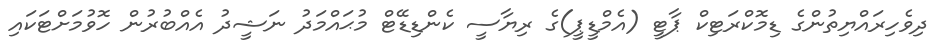
ދިވެހިރައްޔިތުންގެ ޑިމޮކްރަޓިކް ޕާޓީ (އެމްޑީޕީ)ގެ ރިޔާސީ ކެންޑިޑޭޓް މުޙައްމަދު ނަޝީދު އެއްބުރުން ހޮވުމަށްޓަކައި